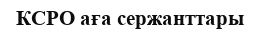
КСРО аға сержанттары